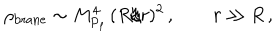
LaTeX: \rho _ { \mathrm { b r a n e } } \sim M _ { \mathrm { P } _ { \mathrm { f } } } ^ { 4 } \, ( R / r ) ^ { 2 } \, , \qquad r \gg R \, ,